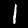
Label: 1